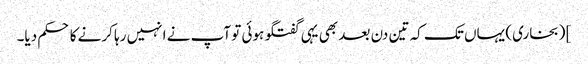
] (بخاری) یہاں تک کہ تین دن بعد بھی یہی گفتگو ہوئی تو آپ نے انہیں رہا کرنے کا حکم دیا۔